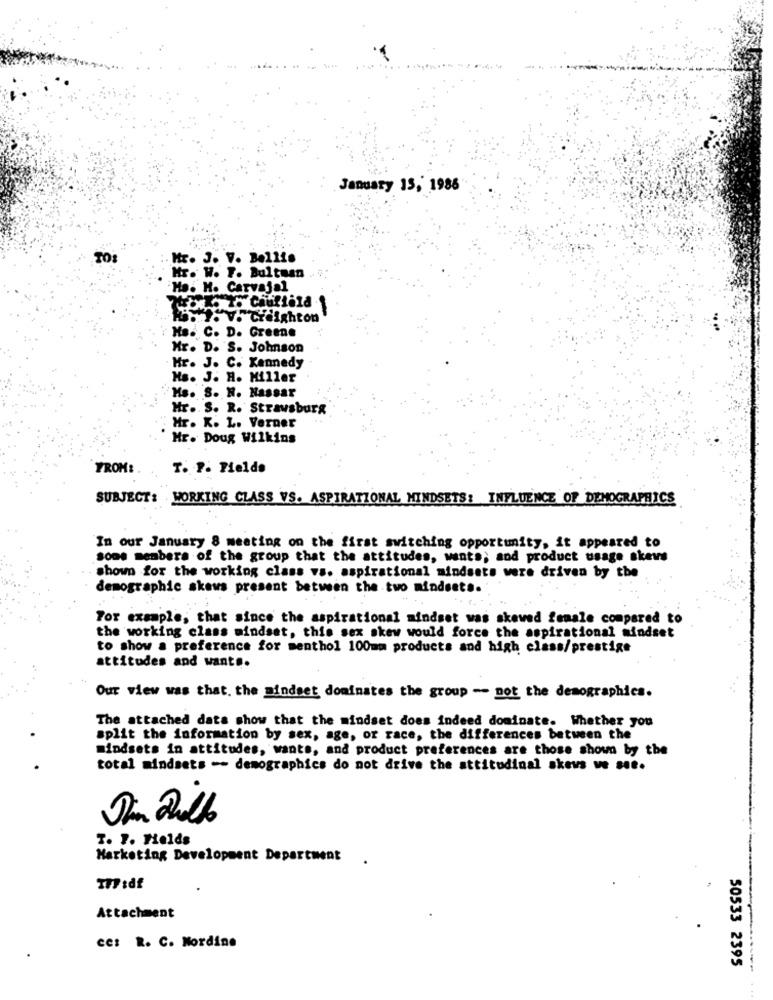
January 15, 1986
Mr. J. V. Bellis
Mr. W. F. Bultuan
Ho. M. Carvajal
Hs. C. D. Greene
Mr. D. S. Johnson
Hr. J. C. Kennedy
Hs. J. H. Miller
Hs. S. R. Nassar
Hr. S. R. Strawsburg
Mr. K. L. Verner
Mr. Doug Wilkins
FROM:
T. P. Pielde
SUBJECT: WORKING CLASS VS. ASPIRATIONAL MINDSETS: INFLUENCE OF DEMOGRAPHICS
In our January 8 meeting on the first switching opportunity, it appeared to
soms members of the group that the attitudes, wants; and product usage skews
shown for the working class vs. aspirational mindsets were driven by the
demographic skews present between the two mindsets.
For example; that since the aspirational mindset was skewed female compared to
the working class mindset, this sex skew would force the aspirational mindset
to show a preference for menthol 100mm products and high class/prestige
attitudes and want ..
Our view was that. the mindset dominates the group -- not the demographics.
The attached data show that the mindset does indeed dominate. Whether you
split the information by sex, age, or race, the differences between the
mindsets in attitudes, wants, and product preferences are those shown by the
total mindsets -- demographics do not drive the attitudinal skevs ve see.
Din Dillo
T. P. Fields
Marketing Development Department .
TFF:df
Attachment
ces R. C. Nordine
30533 2395